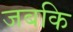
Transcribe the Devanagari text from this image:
जबकि